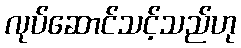
လုပ်ဆောင်သင့်သည်ဟု